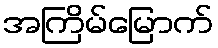
အကြိမ်မြောက်